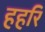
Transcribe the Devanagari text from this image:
हहरि